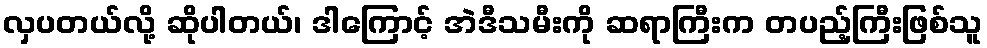
လှပတယ်လို့ ဆိုပါတယ်၊ ဒါကြောင့် အဲဒီသမီးကို ဆရာကြီးက တပည့်ကြီးဖြစ်သူ